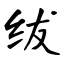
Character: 绂